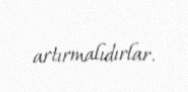
artırmalıdırlar.